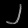
Digit: ၂